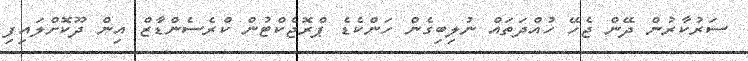
ސަރުކާރުން ދޭން ޖެހޭ ހުއްދަތައް ނުލިބިގެން ހަންކެޑެ ޕްރޮޖެކްޓުން ކްރެސެންޑާޒް އިން ދޫކޮށްލައިފި